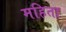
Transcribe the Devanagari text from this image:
महिता